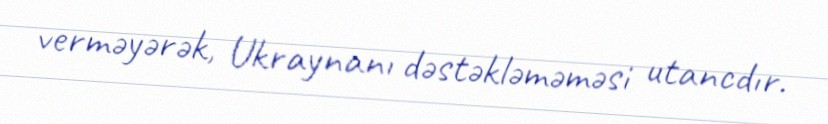
verməyərək, Ukraynanı dəstəkləməməsi utancdır.